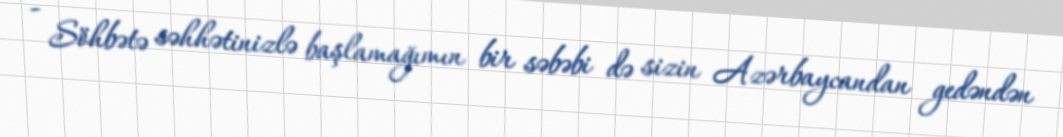
- Söhbətə səhhətinizlə başlamağımın bir səbəbi də sizin Azərbaycandan gedəndən